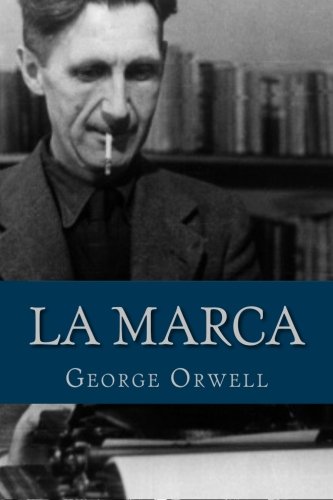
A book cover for La marca (Spanish Edition); George Orwell; Literature & Fiction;